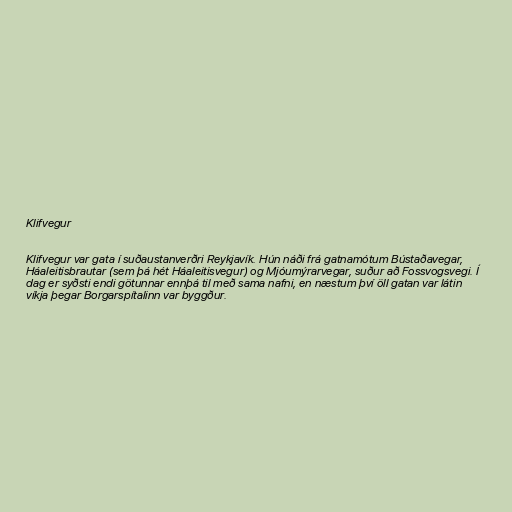
Klifvegur

Klifvegur var gata í suðaustanverðri Reykjavík. Hún náði frá gatnamótum Bústaðavegar,
Háaleitisbrautar (sem þá hét Háaleitisvegur) og Mjóumýrarvegar, suður að Fossvogsvegi. Í
dag er syðsti endi götunnar ennþá til með sama nafni, en næstum því öll gatan var látin
víkja þegar Borgarspítalinn var byggður.